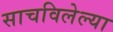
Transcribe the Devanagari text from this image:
साचविलेल्या